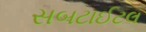
સબટાઈટલ